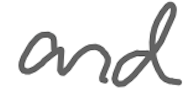
Text: and
Cross-out: clean
Writing tool: digital_gray